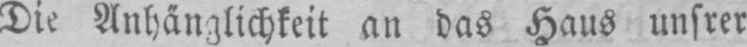
Die Anhänglichkeit an das Haus unsrer